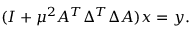
( I + \mu ^ { 2 } A ^ { T } \Delta ^ { T } \Delta A ) x = y .